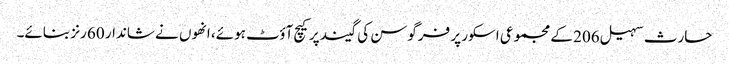
حارث سہیل 206 کے مجموعی اسکور پر فرگوسن کی گیند پر کیچ آؤٹ ہوئے، انھوں نے شاندار 60 رنز بنائے۔